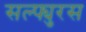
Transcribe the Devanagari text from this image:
सल्फ्युरस